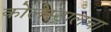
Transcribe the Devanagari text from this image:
कोलेस्ट्रालचा